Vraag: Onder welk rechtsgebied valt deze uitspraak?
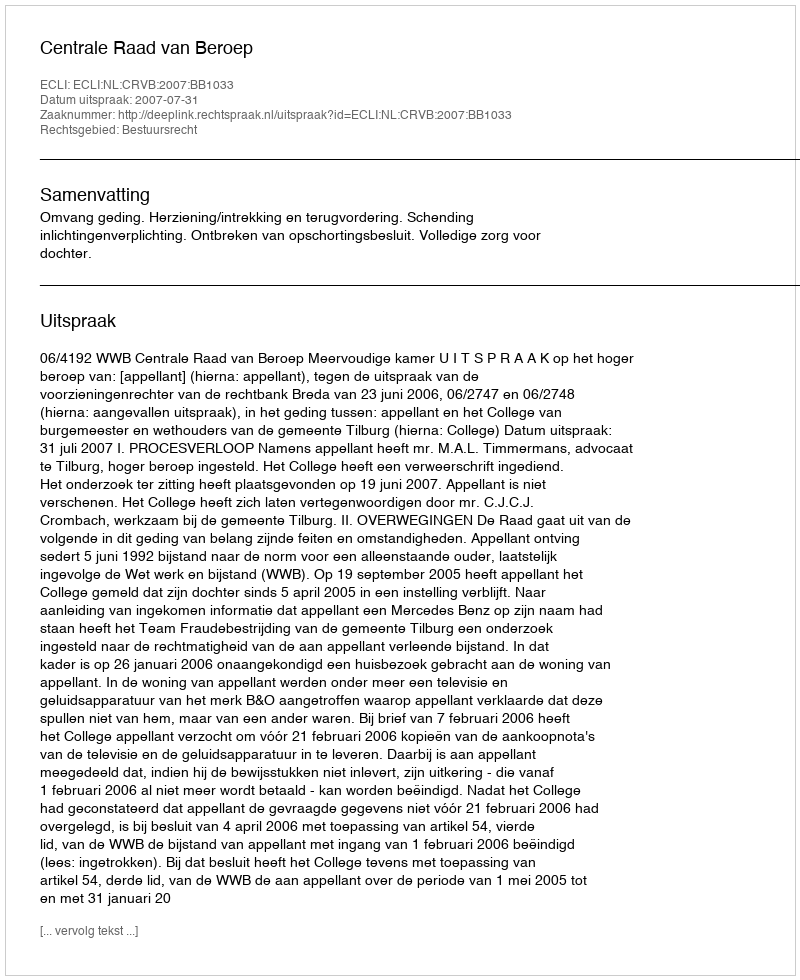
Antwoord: Bestuursrecht